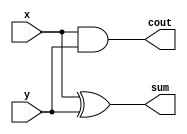
module ha(x, y, cout, sum);
	input x, y;
	output cout, sum;

	assign sum = x ^ y;
	assign cout = x & y;

endmodule